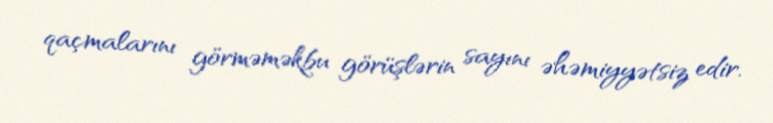
qaçmalarını görməməkbu görüşlərin sayını əhəmiyyətsiz edir.